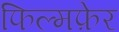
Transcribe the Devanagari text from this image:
फिल्मफ़ेर